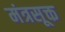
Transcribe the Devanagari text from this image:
मंत्रसूक्त